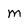
Character: m